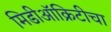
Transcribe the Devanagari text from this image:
मिडीऑक्रिटीचा